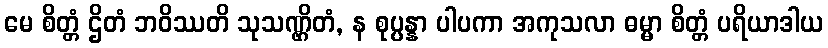
မေ စိတ္တံ ဌိတံ ဘဝိဿတိ သုသဏ္ဌိတံ, န စုပ္ပန္နာ ပါပကာ အကုသလာ ဓမ္မာ စိတ္တံ ပရိယာဒါယ